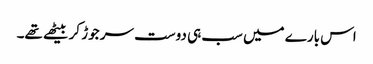
اس بارے میں سب ہی دوست سر جوڑ کر بیٹھے تھے۔